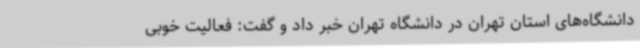
دانشگاه‌های استان تهران در دانشگاه تهران خبر داد و گفت: فعالیت خوبی